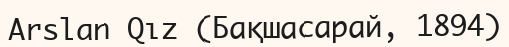
Arslan Qız (Бақшасарай, 1894)